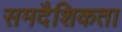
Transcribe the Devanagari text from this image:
समदैशिकता